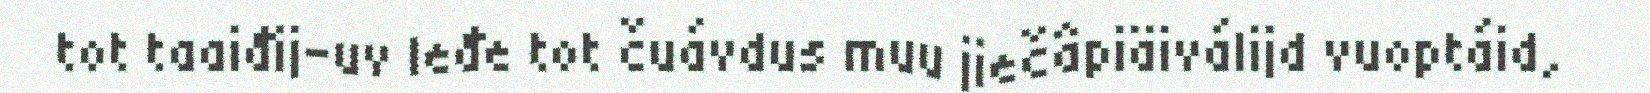
tot taaiđij-uv leđe tot čuávdus muu jiečâpiäiválijd vuoptáid,